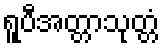
ရူပီအတ္တာသုတ္တံ